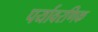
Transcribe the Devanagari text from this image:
पर्यावरणिक